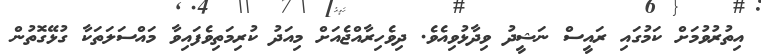
އިތުރުވުމަށް ކަމުގައި ރައީސް ނަޝީދު ވިދާޅުވިއެވެ. ދިވެހިރާއްޖެއަށް މިއަދު ކުރިމަތިވެފައިވާ މައްސަލަތަކާ ގުޅޭގޮތުން